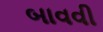
બાવવી